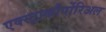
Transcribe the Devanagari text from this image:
एक्स्ट्राकौर्पोरिअल